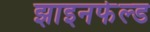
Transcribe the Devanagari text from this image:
झाइनफेल्ड